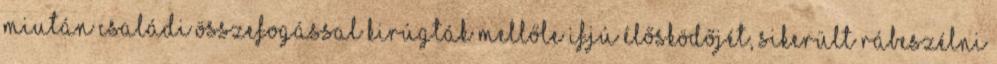
miután családi összefogással kirúgták mellőle ifjú élősködőjét, sikerült rábeszélni